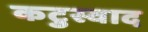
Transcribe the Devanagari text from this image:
कटुस्वाद